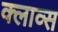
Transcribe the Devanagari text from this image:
क्लाव्स